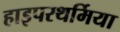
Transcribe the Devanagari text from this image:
हाइपरथर्मिया